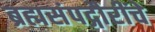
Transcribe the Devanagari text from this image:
ब्रह्मसंपद्गौरींचे